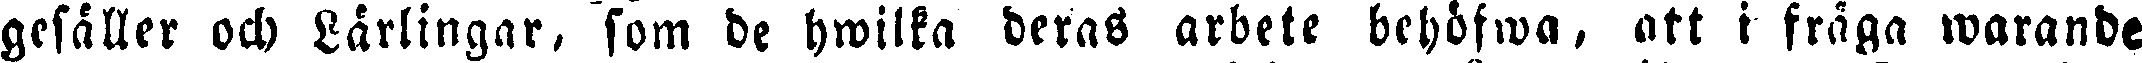
gesäller och Lärlingar, som de hwilka deras arbete behöfwa, att i fråga warande